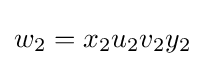
w_{2}=x_{2}u_{2}v_{2}y_{2}